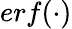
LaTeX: erf(\cdot)